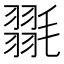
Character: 𭯥